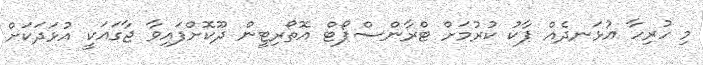
މި ހުރިހާ އުޅަނދެއް ޕާކު ކުރުމަށް ޓްރާންސްޕޯޓް އޮތޯރިޓީން ދޫކޮށްފައިވާ ޖާގައަކީ އުޅަދަކަށް